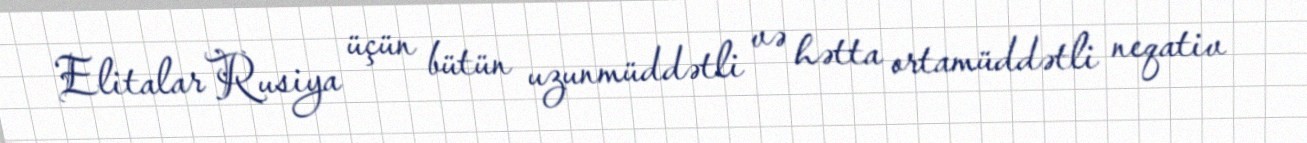
Elitalar Rusiya üçün bütün uzunmüddətli və hətta ortamüddətli neqativ